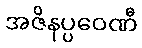
အဇိနပ္ပဝေဏီ